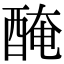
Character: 醃